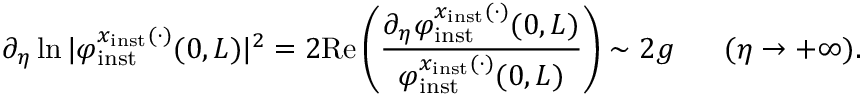
\partial _ { \eta } \ln \vert \varphi _ { \mathrm { i n s t } } ^ { x _ { \mathrm { i n s t } } ( \cdot ) } ( 0 , L ) \vert ^ { 2 } = 2 \mathrm { R e } \left( \frac { \partial _ { \eta } \varphi _ { \mathrm { i n s t } } ^ { x _ { \mathrm { i n s t } } ( \cdot ) } ( 0 , L ) } { \varphi _ { \mathrm { i n s t } } ^ { x _ { \mathrm { i n s t } } ( \cdot ) } ( 0 , L ) } \right) \sim 2 g \ \ \ \ \ ( \eta \to + \infty ) .